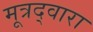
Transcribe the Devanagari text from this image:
मूत्रद्वारा